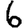
Digit: 6